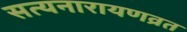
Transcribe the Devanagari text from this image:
सत्यनारायणव्रत